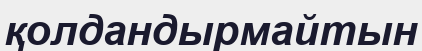
қолдандырмайтын